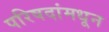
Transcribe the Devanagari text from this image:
परिषदांमधून